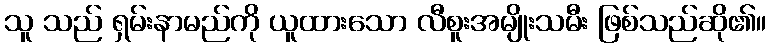
သူ သည် ရှမ်းနာမည်ကို ယူထားသော လီစူးအမျိုးသမီး ဖြစ်သည်ဆို၏။